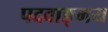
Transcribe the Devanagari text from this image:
पदवाङ्मय